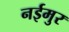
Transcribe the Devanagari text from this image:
नईमुर